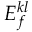
E _ { f } ^ { k l }